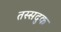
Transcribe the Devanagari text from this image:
तस्सदुक